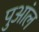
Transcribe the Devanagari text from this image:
पुआंल